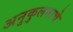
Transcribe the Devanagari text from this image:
अनुकुलनाचे